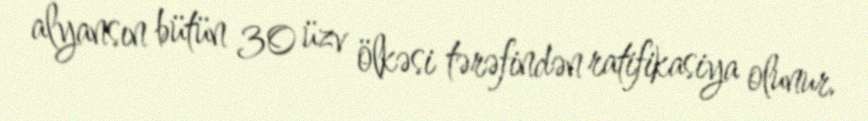
alyansın bütün 30 üzv ölkəsi tərəfindən ratifikasiya olunur.